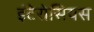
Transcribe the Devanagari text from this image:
इंटेरोसियस